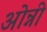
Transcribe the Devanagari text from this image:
ओन्नी